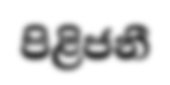
පිළිජනී